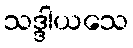
သဒ္ဒါယသေ